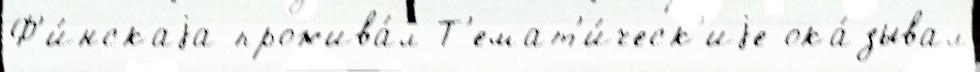
Ф'и́нскаjа прожива́л Т'емат'и́ческ'иjе ока́зывал